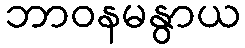
ဘာဝနမနွာယ